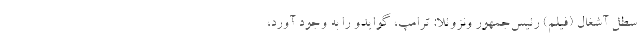
سطل آشغال (فیلم) رئیس‌جمهور ونزوئلا: ترامپ، گوایدو را به وجود آورد،